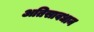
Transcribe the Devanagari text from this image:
अतिसावधान